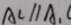
A C / / A _ { 1 }